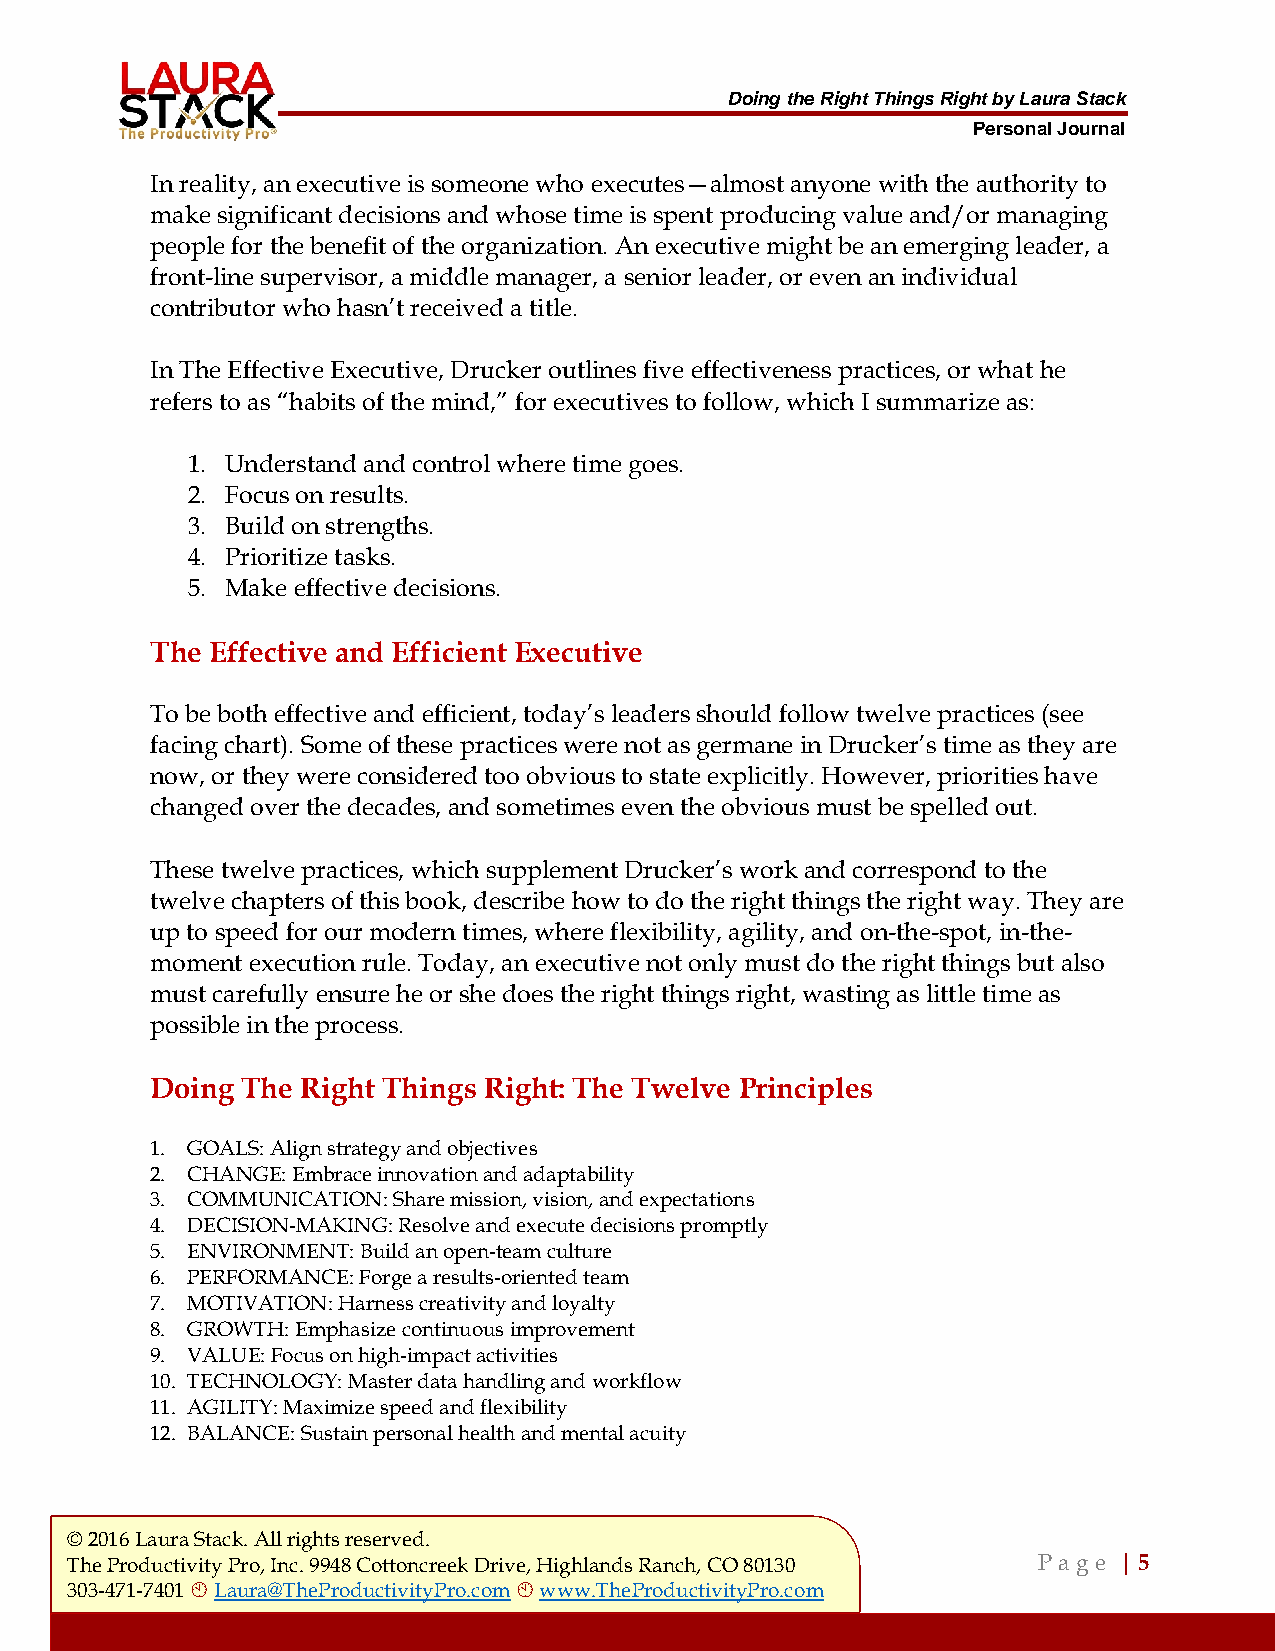
Doing the Right Things Right by Laura Stack
 Personal Journal
 In reality, an executive is someone who executes—almost anyone with the authority to
 make significant decisions and whose time is spent producing value and/or managing
 people for the benefit of the organization. An executive might be an emerging leader, a
 front-line supervisor, a middle manager, a senior leader, or even an individual
 contributor who hasn’t received a title.
 In The Effective Executive, Drucker outlines five effectiveness practices, or what he
 refers to as “habits of the mind,” for executives to follow, which I summarize as:
 1. Understand and control where time goes.
 2. Focus on results.
 3. Build on strengths.
 4. Prioritize tasks.
 5. Make effective decisions.
 The Effective and Efficient Executive
 To be both effective and efficient, today’s leaders should follow twelve practices (see
 facing chart). Some of these practices were not as germane in Drucker’s time as they are
 now, or they were considered too obvious to state explicitly. However, priorities have
 changed over the decades, and sometimes even the obvious must be spelled out.
 These twelve practices, which supplement Drucker’s work and correspond to the
 twelve chapters of this book, describe how to do the right things the right way. They are
 up to speed for our modern times, where flexibility, agility, and on-the-spot, in-the-
 moment execution rule. Today, an executive not only must do the right things but also
 must carefully ensure he or she does the right things right, wasting as little time as
 possible in the process.
 Doing The Right Things Right: The Twelve Principles
 1. GOALS: Align strategy and objectives
 2. CHANGE: Embrace innovation and adaptability
 3. COMMUNICATION: Share mission, vision, and expectations
 4. DECISION-MAKING: Resolve and execute decisions promptly
 5. ENVIRONMENT: Build an open-team culture
 6. PERFORMANCE: Forge a results-oriented team
 7. MOTIVATION: Harness creativity and loyalty
 8. GROWTH: Emphasize continuous improvement
 9. VALUE: Focus on high-impact activities
 10. TECHNOLOGY: Master data handling and workflow
 11. AGILITY: Maximize speed and flexibility
 12. BALANCE: Sustain personal health and mental acuity
 © 2016 Laura Stack. All rights reserved.
 The Productivity Pro, Inc. 9948 Cottoncreek Drive, Highlands Ranch, CO 80130 P a ge | 5
 303-471-7401  Laura@TheProductivityPro.com  www.TheProductivityPro.com